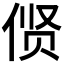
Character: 𫢲